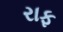
રાફ